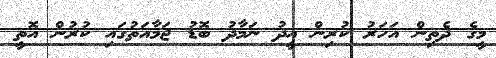
މީގެ ދެތިން އަހަރު ކުރިން އީދު ނަމާދު ބޮޑު ޖަމާއަތުގައި ކުރުން އޮތީ